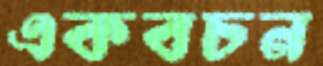
একবচন